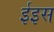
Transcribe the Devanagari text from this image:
ईइस